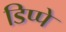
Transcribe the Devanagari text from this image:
डिप्पे